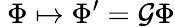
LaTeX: \ \Phi\mapsto\Phi^{\prime}=\mathcal{G}\Phi